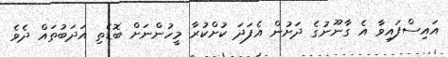
އައިސްފައިވާ އެ ގާނޫނުގެ ދަށުން އެފަދަ ކުށްކުރާ މީހުންނަށް ބޮޑެތި އަދަބުތައް ދެވެ